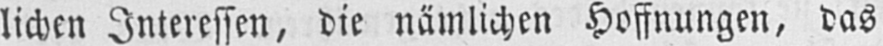
lichen Interessen, die nämlichen Hoffnungen, das